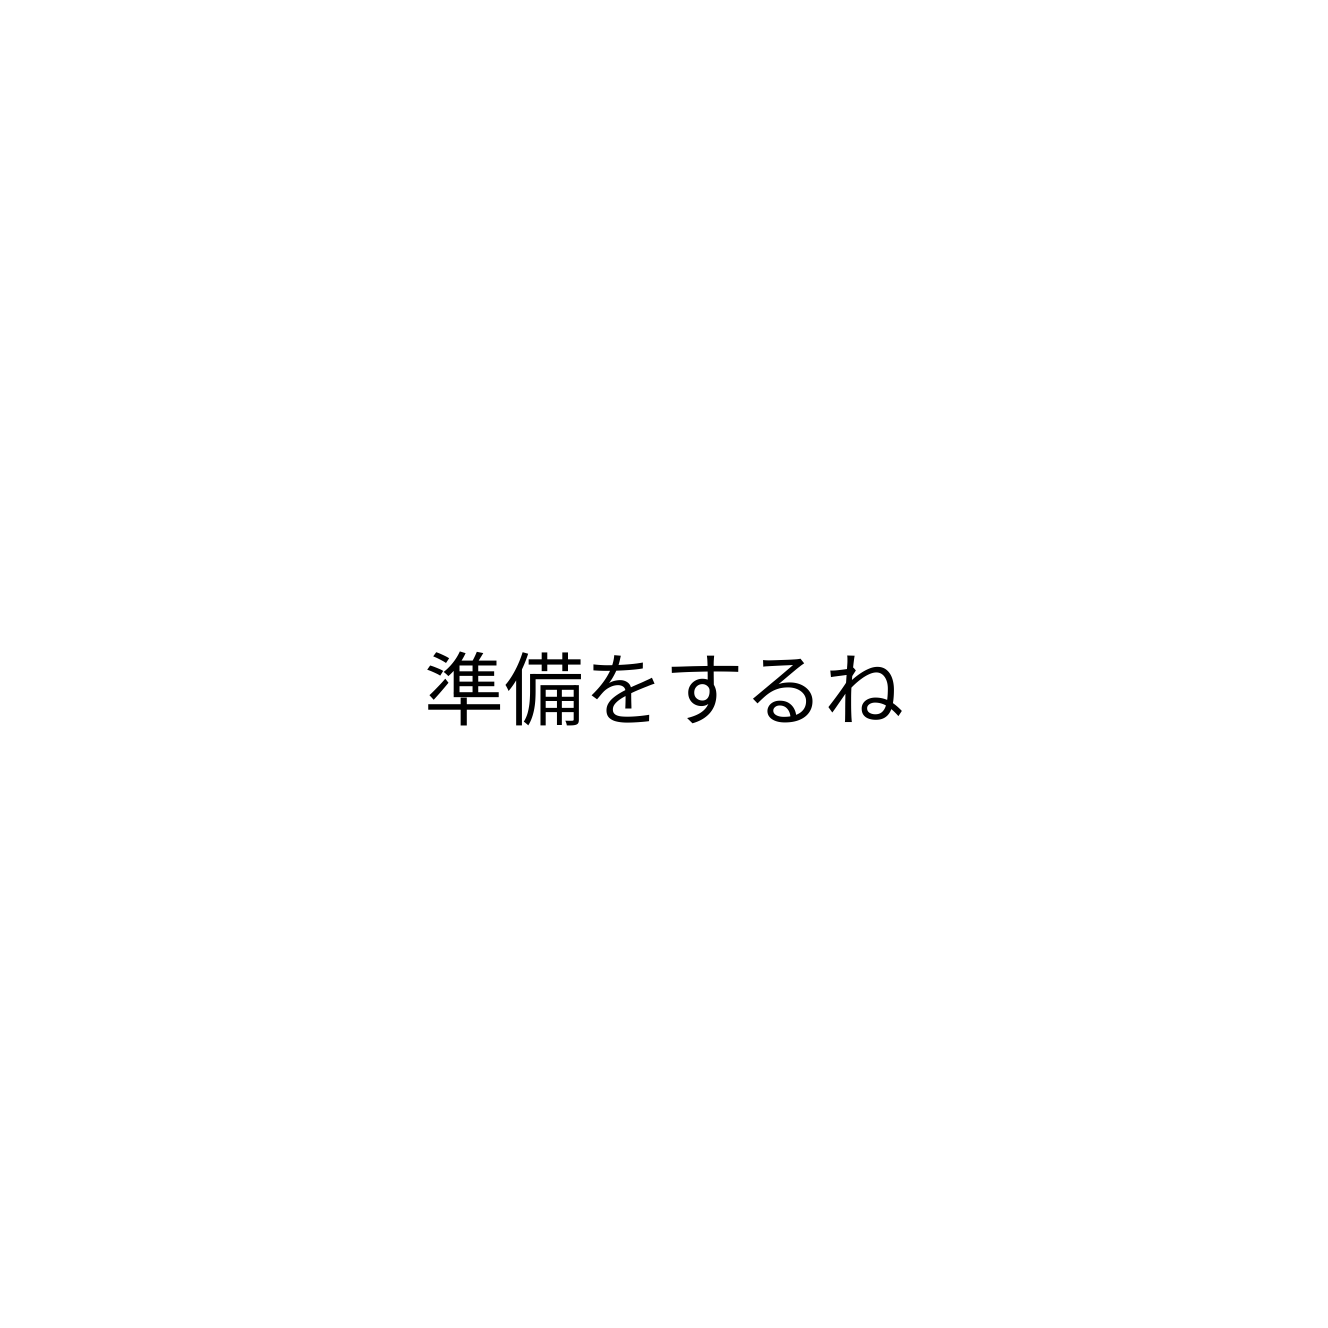
準備をするね